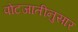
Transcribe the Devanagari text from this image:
पोटजातीनुसार